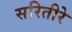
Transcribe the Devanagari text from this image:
सरितीरे